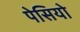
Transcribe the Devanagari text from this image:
पेसियो